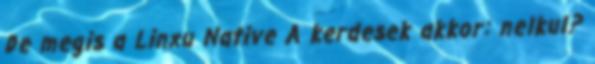
De megis a Linxu Native A kerdesek akkor: nelkul?